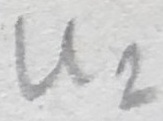
Text: U2